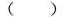
()